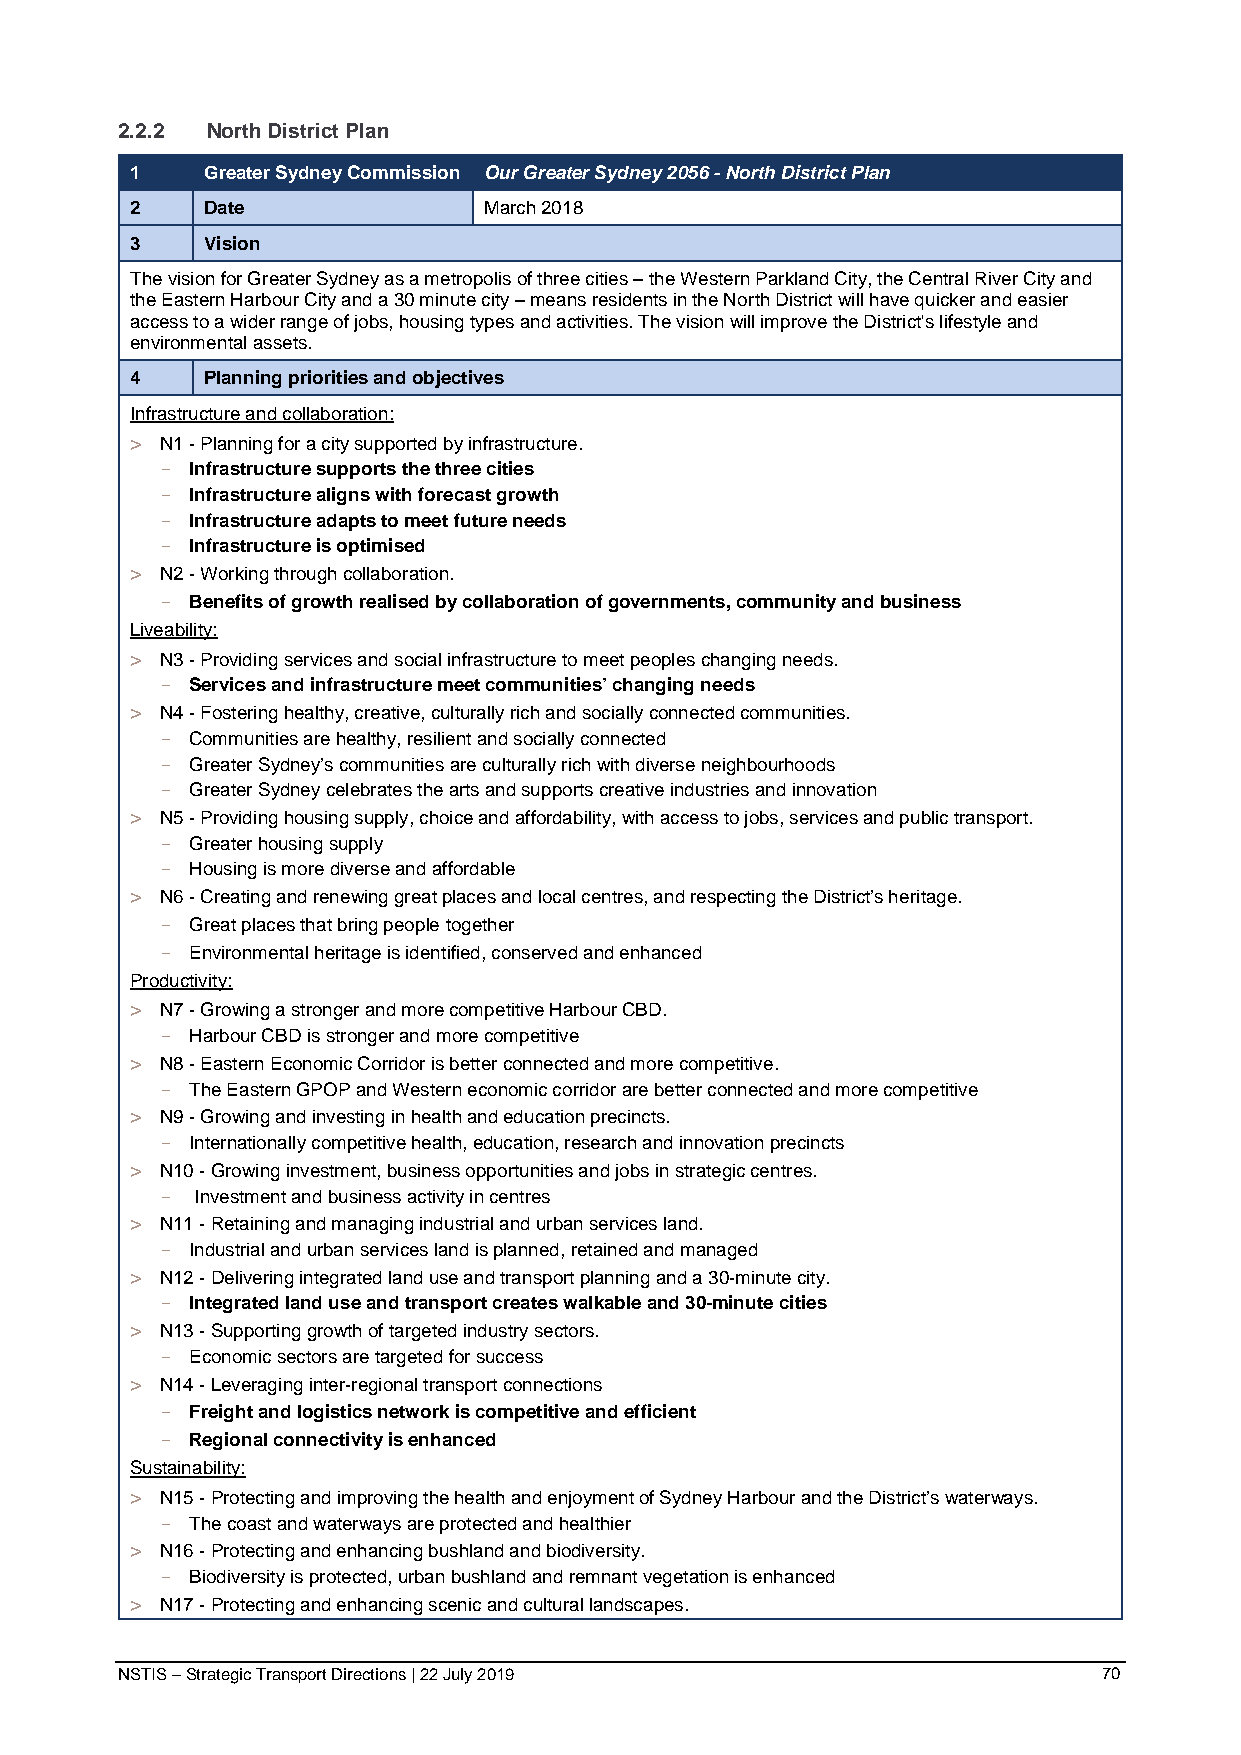
2.2.2 North District Plan
 1   Greater Sydney Commission Our Greater Sydney 2056 - North District Plan
 2   Date               March 2018
 3   Vision
 The vision for Greater Sydney as a metropolis of three cities – the Western Parkland City, the Central River City and
 the Eastern Harbour City and a 30 minute city – means residents in the North District will have quicker and easier
 access to a wider range of jobs, housing types and activities. The vision will improve the District's lifestyle and
 environmental assets.
 4   Planning priorities and objectives
 Infrastructure and collaboration:
 > N1 - Planning for a city supported by infrastructure.
 - Infrastructure supports the three cities
 - Infrastructure aligns with forecast growth
 - Infrastructure adapts to meet future needs
 - Infrastructure is optimised
 > N2 - Working through collaboration.
 - Benefits of growth realised by collaboration of governments, community and business
 Liveability:
 > N3 - Providing services and social infrastructure to meet peoples changing needs.
 - Services and infrastructure meet communities’ changing needs
 > N4 - Fostering healthy, creative, culturally rich and socially connected communities.
 - Communities are healthy, resilient and socially connected
 - Greater Sydney’s communities are culturally rich with diverse neighbourhoods
 - Greater Sydney celebrates the arts and supports creative industries and innovation
 > N5 - Providing housing supply, choice and affordability, with access to jobs, services and public transport.
 - Greater housing supply
 - Housing is more diverse and affordable
 > N6 - Creating and renewing great places and local centres, and respecting the District’s heritage.
 - Great places that bring people together
 - Environmental heritage is identified, conserved and enhanced
 Productivity:
 > N7 - Growing a stronger and more competitive Harbour CBD.
 - Harbour CBD is stronger and more competitive
 > N8 - Eastern Economic Corridor is better connected and more competitive.
 - The Eastern GPOP and Western economic corridor are better connected and more competitive
 > N9 - Growing and investing in health and education precincts.
 - Internationally competitive health, education, research and innovation precincts
 > N10 - Growing investment, business opportunities and jobs in strategic centres.
 - Investment and business activity in centres
 > N11 - Retaining and managing industrial and urban services land.
 - Industrial and urban services land is planned, retained and managed
 > N12 - Delivering integrated land use and transport planning and a 30-minute city.
 - Integrated land use and transport creates walkable and 30-minute cities
 > N13 - Supporting growth of targeted industry sectors.
 - Economic sectors are targeted for success
 > N14 - Leveraging inter-regional transport connections
 - Freight and logistics network is competitive and efficient
 - Regional connectivity is enhanced
 Sustainability:
 > N15 - Protecting and improving the health and enjoyment of Sydney Harbour and the District’s waterways.
 - The coast and waterways are protected and healthier
 > N16 - Protecting and enhancing bushland and biodiversity.
 - Biodiversity is protected, urban bushland and remnant vegetation is enhanced
 > N17 - Protecting and enhancing scenic and cultural landscapes.
 NSTIS – Strategic Transport Directions | 22 July 2019            70